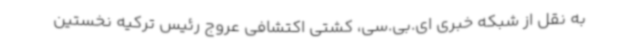
به نقل از شبکه خبری ای.بی.سی، کشتی اکتشافی عروج رئیس ترکیه نخستین